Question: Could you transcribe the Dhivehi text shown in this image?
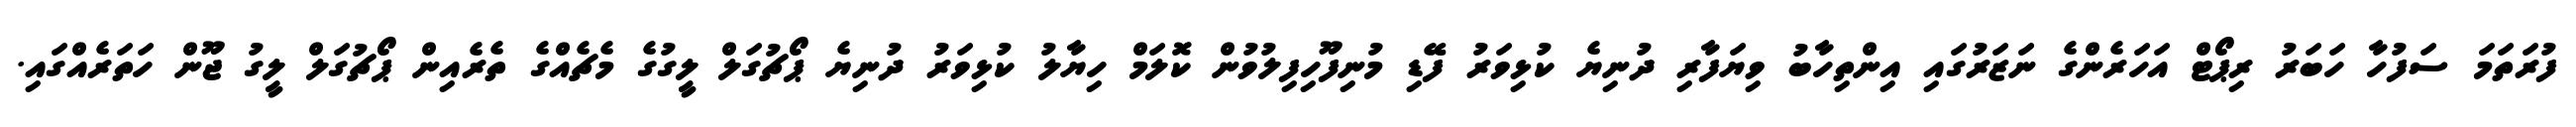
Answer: ފުރަތަމަ ސަފުހާ ހަބަރު ރިޕޯޓް އަހަރެންގެ ނަޒަރުގައި އިންތިހާބު ވިޔަފާރި ދުނިޔެ ކުޅިވަރު ފޭޑި މުނިފޫހިފިލުވުން ކޮލަމް ހިޔާލު ކުޅިވަރު ދުނިޔެ ޕޯޗުގަލް ލީގުގެ މެޗެއްގެ ތެރެއިން ޕޯޗުގަލް ލީގު ޖޫން ހަތަރެއްގައި.